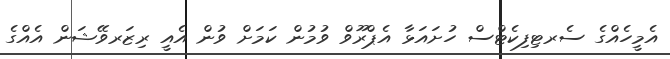
އެމީހެއްގެ ސެރޓިފިކެޓްސް ހުށައަޅާ އެޕްރޫވް ވުމުން ކަމަށް ވުން އެއީ ރިޒަރވޭޝަން އެއްގެ